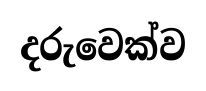
දරුවෙක්ව